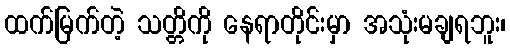
ထက်မြက်တဲ့ သတ္တိကို နေရာတိုင်းမှာ အသုံးမချရဘူး၊